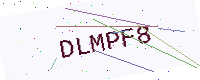
Text: DLMPF8